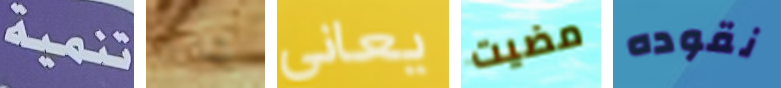
تنمية كلارك يعاني مضيت نقوده